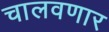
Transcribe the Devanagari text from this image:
चालवणार